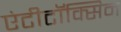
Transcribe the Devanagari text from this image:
एंटीटॉक्सिन